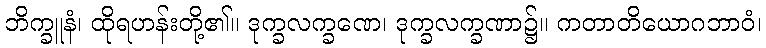
ဘိက္ခူနံ၊ ထိုရဟန်းတို့၏။ ဒုက္ခလက္ခဏေ၊ ဒုက္ခလက္ခဏာ၌။ ကတာတိယောဂဘာဝံ၊